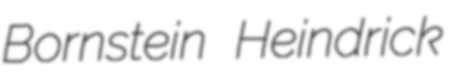
Bornstein Heindrick